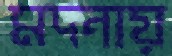
মদনায়